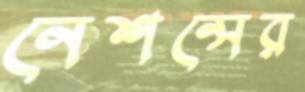
নেশন্সের